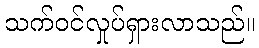
သက်ဝင်လှုပ်ရှားလာသည်။